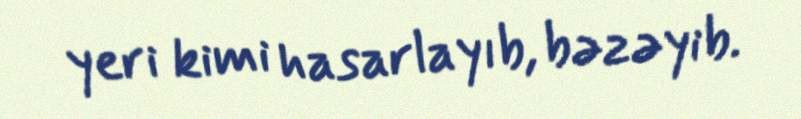
yeri kimi hasarlayıb, bəzəyib.